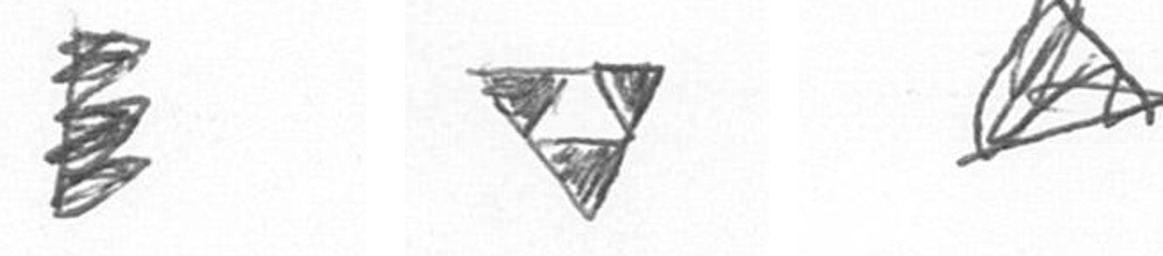
H S O